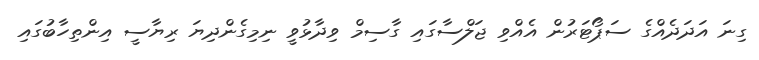
ގިނަ އަދަދެއްގެ ސަޕޯޓަރުން އެއްވި ޖަލްސާގައި ގާސިމް ވިދާޅުވީ ނިމިގެންދިޔަ ރިޔާސީ އިންތިހާބުގައި